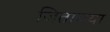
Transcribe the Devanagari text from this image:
जितायया